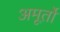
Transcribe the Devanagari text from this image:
अमूर्तो